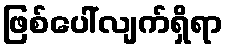
ဖြစ်ပေါ်လျက်ရှိရာ